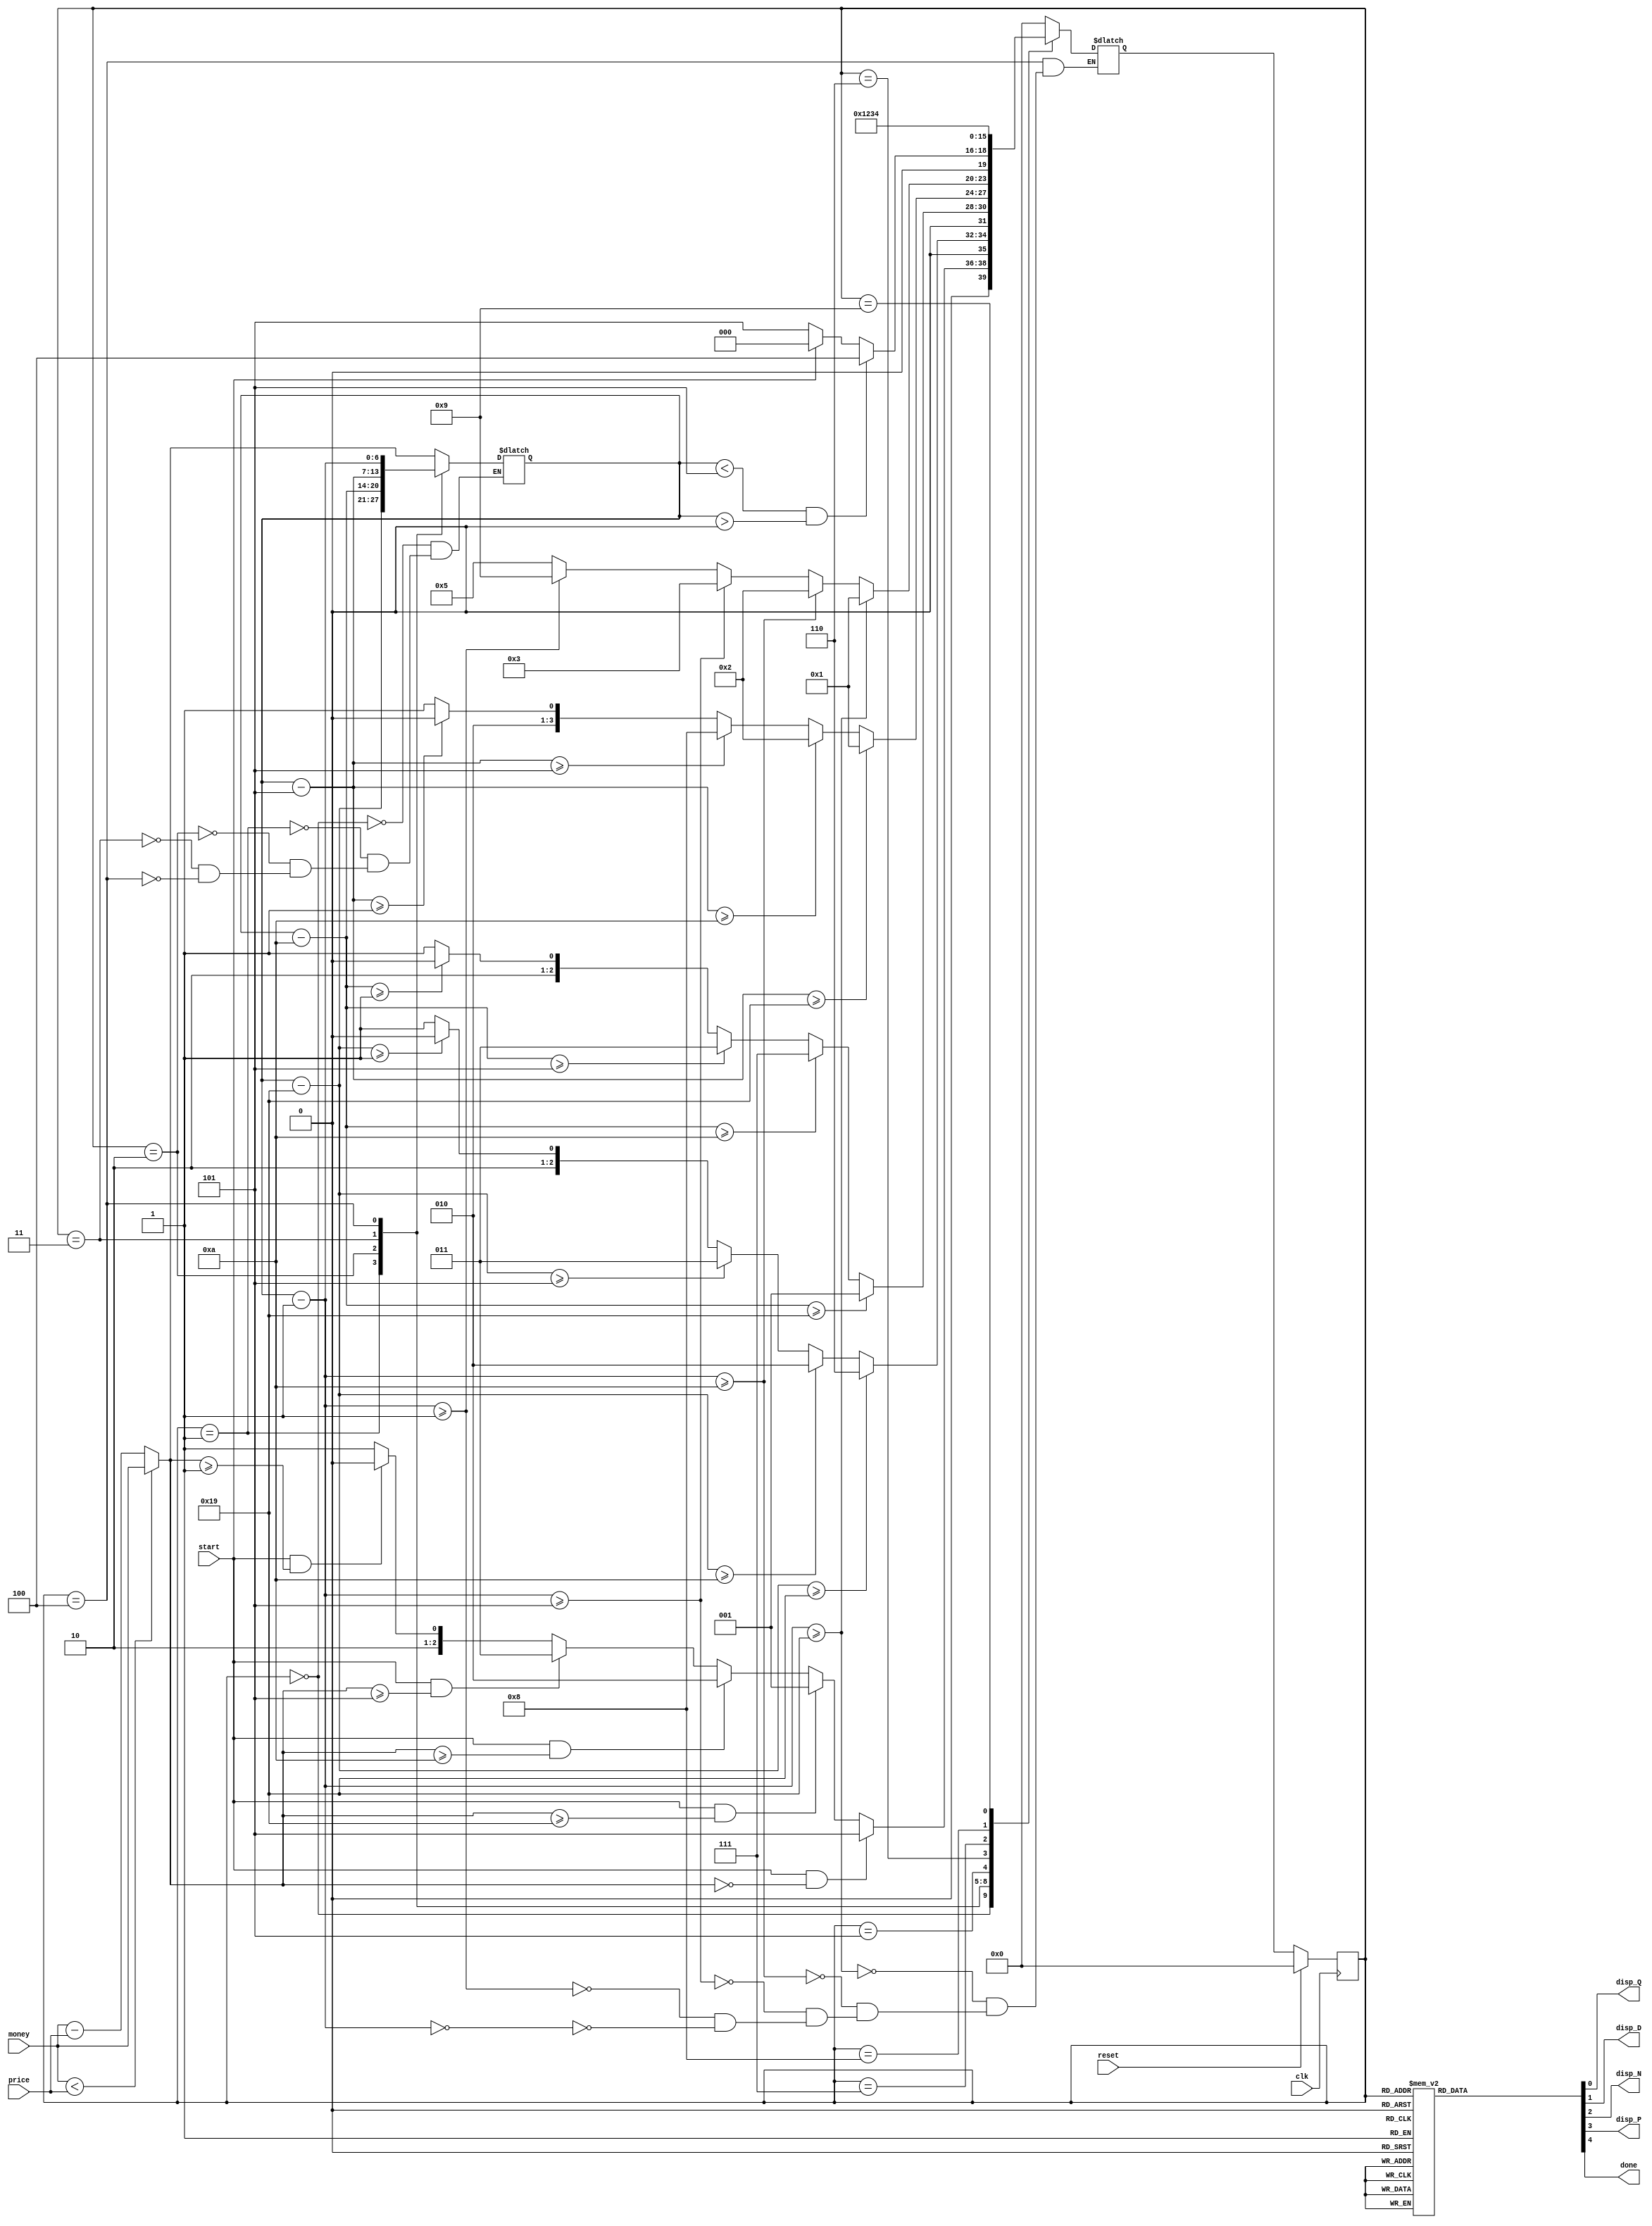
/**
 * This is written by Zhiyang Ong
 * for EE577b Homework 2, Question 1
 */

// Behavioral model for Finite State Machine model of the vending machine
module fsmVendingMachine(disp_Q,disp_D,disp_N,disp_P,done,
	money,price,start,clk,reset);
	
	/**
	 * Output signals representing the dispense enable inputs for the
	 * following denominations:
	 * disp_Q: quarter
	 * disp_D: dime
	 * disp_N: nickel
	 * disp_P: penny
	 *
	 * Output signal representing the end of the transaction:
	 * done:
	 */
	output reg disp_Q,disp_D,disp_N,disp_P,done;
	
	/**
	 * Input signals
	 * money: Money paid by the consumer for the item
	 * price: Price of the food item
	 * start: The signal to initialize the coin dispensing solution
	 * clk: The clock signal that synchronously control the signal
	 * reset: The signal to bring the FSM (coin dispenser) to its initial state
	 */
	input [6:0] money,price;
	input start,clk,reset;
	
	/**
	 * Declare signal types for testbench to drive and monitor
	 * signals during the simulation of the counter
	 *
	 * The reg data type holds a value until a new value is driven
	 * onto it in an "initial" or "always" block. It can only be
	 * assigned a value in an "always" or "initial" block, and is
	 * used to apply stimulus to the inputs of the DUT.
	 *
	 * The wire type is a passive data type that holds a value driven
	 * onto it by a port, assign statement or reg type. Wires cannot be
	 * assigned values inside "always" and "initial" blocks. They can
	 * be used to hold the values of the DUT's outputs
	 */
	
	// Declare "wire" signals: outputs from the DUT
	//wire FSM_OUTPUT;
	
	/**
	 * Declare "reg" signals: inputs to the DUT
	 * state: current state of the FSM
	 * nextstate: next state of the FSM
	 */
	reg [3:0] state, nextstate;
	reg [6:0] change;
	/**
	 * Boolean flag to indicate if the done signal should remain high,
	 * and if the change should be updated
	 */
	reg flagDone;
	
	// Defining constants: parameter [name_of_constant] = value;
	// Definitions for the states in the vending machine
	// Initial state of the FSM
	parameter Sinitial = 4'b0000;
	// State of the FSM where change >= a quarter
	parameter Squarter = 4'b0001;
	// State of the FSM where change >= a dime
	parameter Sdime = 4'b0010;
	// State of the FSM where change >= a nickel
	parameter Snickel = 4'b0011;
	// State of the FSM where change >= a penny
	parameter Spenny = 4'b0100;
	// Final state of the FSM
	parameter Sfinal = 4'b0101;
	// Temporary transition state for a quarter
	parameter SquarterTemp = 4'b0110;
	// Temporary transition state for a dime
	parameter SdimeTemp = 4'b0111;
	// Temporary transition state for a nickel
	parameter SnickelTemp = 4'b1000;
	// Temporary transition state for a penny
	parameter SpennyTemp = 4'b1001;
	
	
	// State Memory
	always @(posedge clk)
	begin
		// Synchronous reset
		if (reset)
			// Go to the initial state
			state <= Sinitial;
		else
			// Move/Proceed to the next state
			state <= nextstate;
	end
	
	
	/**
	 * Next State Logic
	 */
	always @(*)
	begin
		case (state)
			Sinitial:
				begin
					if(money < price)
					begin
						change = money;
					end
					else
					begin
						change = money - price;
					end
					
					
					if (start & (change == 0))
					begin
						$display($time, " << Go to State $0.00 >>",change);
						nextstate <= Sfinal;
					end
					else if (start & (change >= 7'd25))
					begin
						$display($time, " << Go to State $0.25 >>",change);
						nextstate <= Squarter;
					end
					else if (start & (change >= 7'd10))
					begin
						$display($time, " << Go to State $0.10 >>",change);
						nextstate <= Sdime;
					end
					else if (start & (change >= 7'd5))
					begin
						$display($time, " << Go to State $0.05 >>",change);
						nextstate <= Snickel;
					end
					else if (start & (change >= 7'd1))
					begin
						$display($time, " << Go to State $0.01 >>",change);
						nextstate <= Spenny;
					end
					else
					begin
						nextstate <= Sfinal;
					end
				end
			Squarter:
				begin
					$display($time, " << Reached State $0.25 >>", change);
					change = change - 7'd25;
					$display(" << New change for $0.25 >>", change);
					if (change >= 7'd25)
					begin
						nextstate <= SquarterTemp;
					end
					else if (change >= 7'd10)
					begin
						nextstate <= Sdime;
					end
					else if (change >= 7'd5)
					begin
						nextstate <= Snickel;
					end
					else if (change >= 7'd1)
					begin
						nextstate <= Spenny;
					end
					else
					begin
						// There is no change
						nextstate <= Sfinal;
					end
				end
			Sdime:
				begin
					$display($time, " << Reached State $0.10 >>", change);
					change = change - 7'd10;
					$display(" << New change for $0.10 >>", change);
					if (change >= 7'd25)
					begin
						nextstate <= Squarter; 
					end
					else if (change >= 7'd10)
					begin
						$display(" << Return to the Dime state >>", change);
						nextstate <= SdimeTemp;
					end
					else if (change >= 7'd5)
					begin
						nextstate <= Snickel;
					end
					else if (change >= 7'd1)
					begin
						nextstate <= Spenny;
					end
					else
					begin
						// There is no change
						nextstate <= Sfinal;
					end
				end
			Snickel:
				begin
					$display($time, " << Reached State $0.05 >>", change);
					change = change - 7'd5;
					$display(" << New change for $0.05 >>", change);
					if (change >= 7'd25)
					begin
						nextstate <= Squarter;
					end
					else if (change >= 7'd10)
					begin
						nextstate <= Sdime;
					end
					else if (change >= 7'd5)
					begin
						nextstate <= SnickelTemp;
					end
					else if (change >= 7'd1)
					begin
						nextstate <= Spenny;
					end
					else
					begin
						// There is no change
						nextstate <= Sfinal;
					end
				end
			Spenny:
				begin
					$display($time, " << Reached State $0.01 >>",change);
					change = change - 7'd1;
					$display(" << New change for $0.01 >>", change);
					if (change >= 7'd25)
					begin
						nextstate <= Squarter;
					end
					else if (change >= 7'd10)
					begin
						nextstate <= Sdime;
					end
					else if (change >= 7'd5)
					begin
						nextstate <= Snickel;
					end
					else if (change >= 7'd1)
					begin
						$display(" << Change for additional $0.01 >>", change);
						nextstate <= SpennyTemp;
						$display(" << Changed ==> >>", change);
					end
					else if (change == 0)
					begin
						// There is no change
						$display(" << No More Change >>", change);
						nextstate <= Sfinal;
					end

				end
			Sfinal:
				begin
					$display($time, " << Reached State $0.00 >>",change);
					
					if ((change < 7'd5) & (change > 0)) 
					begin
						$display($time, " << Go to State Penny >>",change);
						nextstate <= Spenny;
					end
					else
					begin
						if (start)
						begin
							$display($time, " << Go to Initial State >>",change);
							nextstate <= Sinitial;
						end
						else
						begin
							$display($time, " << Remain at Next State >>",change);
							nextstate <= Sfinal;
						end
					end
				end
				
			SquarterTemp:
				begin
					$display($time, " << Reached Temp State $0.25 >>",change);
					nextstate <= Squarter;
				end
			SdimeTemp:
				begin
					$display($time, " << Reached Temp State $0.10 >>",change);
					nextstate <= Sdime;
				end
			SnickelTemp:
				begin
					$display($time, " << Reached Temp State $0.05 >>",change);
					nextstate <= Snickel;
				end
			SpennyTemp:
				begin
					$display($time, " << Reached Temp State $0.01 >>",change);
					nextstate <= Spenny;
				end
				
			default:
				begin
					nextstate <= Sinitial;
				end
		endcase
	end
	
	
	// Output Logic
	always @(state)
	begin
		case(state)
			Sinitial:
				begin
					disp_Q <= 0;
					disp_D <= 0;
					disp_N <= 0;
					disp_P <= 0;
					done <= 0;
				end
			Squarter:
				begin
					disp_Q <= 1;
					disp_D <= 0;
					disp_N <= 0;
					disp_P <= 0;
					done <= 0;
				end
			Sdime:
				begin
					disp_Q <= 0;
					disp_D <= 1;
					disp_N <= 0;
					disp_P <= 0;
					done <= 0;
				end
			Snickel:
				begin
					disp_Q <= 0;
					disp_D <= 0;
					disp_N <= 1;
					disp_P <= 0;
					done <= 0;
				end
			Spenny:
				begin
					disp_Q <= 0;
					disp_D <= 0;
					disp_N <= 0;
					disp_P <= 1;
					done <= 0;
				end
			Sfinal:
				begin
					disp_Q <= 0;
					disp_D <= 0;
					disp_N <= 0;
					disp_P <= 0;
					done <= 1;
				end
				
			SquarterTemp:
				begin
					disp_Q <= 0;
					disp_D <= 0;
					disp_N <= 0;
					disp_P <= 0;
					done <= 0;
				end
			SdimeTemp:
				begin
					disp_Q <= 0;
					disp_D <= 0;
					disp_N <= 0;
					disp_P <= 0;
					done <= 0;
				end
			SnickelTemp:
				begin
					disp_Q <= 0;
					disp_D <= 0;
					disp_N <= 0;
					disp_P <= 0;
					done <= 0;
				end
			SpennyTemp:
				begin
					disp_Q <= 0;
					disp_D <= 0;
					disp_N <= 0;
					disp_P <= 0;
					done <= 0;
				end
				
			default:
				begin
					disp_Q <= 0;
					disp_D <= 0;
					disp_N <= 0;
					disp_P <= 0;
					done <= 1;
				end
		endcase
	end
	
endmodule